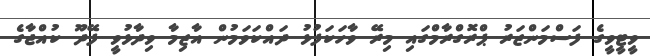
ވީޓީވީގެ ފަސްމަންޒަރު ޕްރޮގްރާމްގައި މިރޭ ވާހަކަފުޅު ދައްކަވަމުން އާޒިމާ ވިދާޅުވީ ފޭދޫ ކުއްޖާގެ